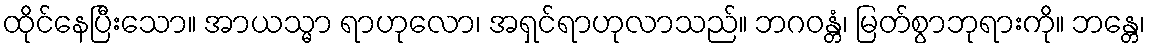
ထိုင်နေပြီးသော။ အာယသ္မာ ရာဟုလော၊ အရှင်ရာဟုလာသည်။ ဘဂဝန္တံ၊ မြတ်စွာဘုရားကို။ ဘန္တေ၊